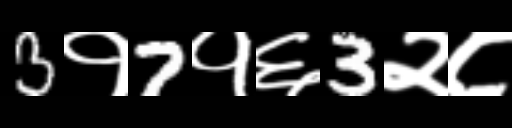
Text: 3१7१६3२८